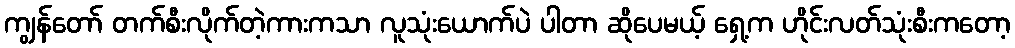
ကျွန်တော် တက်စီးလိုက်တဲ့ကားကသာ လူသုံးယောက်ပဲ ပါတာ ဆိုပေမယ့် ရှေ့က ဟိုင်းလတ်သုံးစီးကတော့